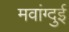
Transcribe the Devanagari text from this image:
मवांग्दुई